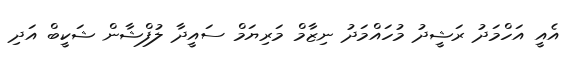
އެއީ އަހްމަދު ރަޝީދު މުހައްމަދު ނިޒާމް މަރިޔަމް ސައީދާ ލުފްޝާން ޝަކީބް އަދި